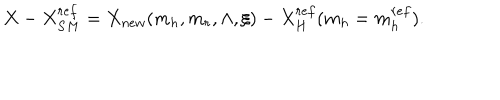
LaTeX: X - X _ { S M } ^ { r e f } = X _ { n e w } ( m _ { h } , m _ { r } , \Lambda , \xi ) - X _ { H } ^ { r e f } ( m _ { h } = m _ { h } ^ { r e f } ) .